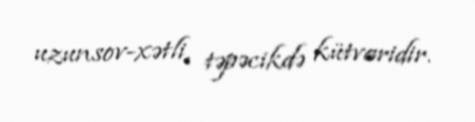
uzunsov-xətli, təpəcikdə kütvaridir.